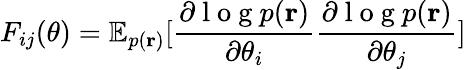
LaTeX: F_{ij}(\theta)=\mathbb{E}_{p(\mathbf{r})}[\frac{\partial\mathrm{~l~o~g~}p(\mathbf{r})}{\partial\theta_{i}}\frac{\partial\mathrm{~l~o~g~}p(\mathbf{r})}{\partial\theta_{j}}]